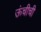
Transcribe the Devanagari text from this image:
ऊंचीची